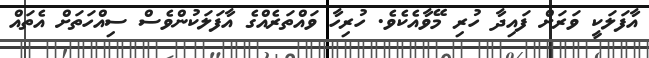
އާފަލަކީ ވަރަށް ފައިދާ ހުރި މޭވާއެކެވެ. ހުރިހާ ވައްތަރެއްގެ އާފަލަކުންވެސް ސިއްހަތަށް އެތައް